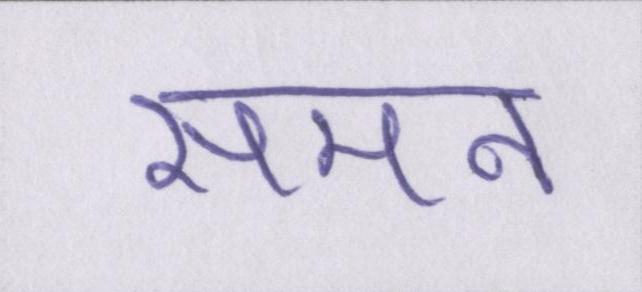
समन